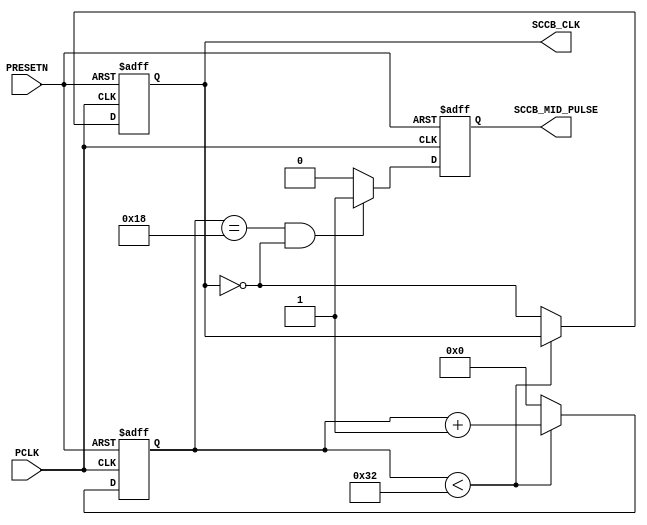
module clock_divider #(
    parameter XCLK_FREQ = 10_000_000,   // incoming clock = XCLK = 50MHz 
    parameter SCCB_CLK_FREQ = 100_000   // divide clock such that SIO_C = 100kHz
)(
    input PCLK,
    input PRESETN,
    output reg SCCB_CLK,
    output reg SCCB_MID_PULSE
);

// varaibles to calculate SCCB_CLK and SCCB_MID_PULSE
localparam SCCB_CLK_PERIOD = XCLK_FREQ/SCCB_CLK_FREQ/2;     // number of clocks to obtain 100kHz
localparam SCCB_MID_AMT = SCCB_CLK_PERIOD/2-1;              // amount of clk for mid of SCCB_clk
reg [$clog2(SCCB_CLK_PERIOD):0] SCCB_CLK_CNTR = 0;
reg SCCB_CLK;
reg SCCB_MID_PULSE;

// Generating clock for SCCB and mid pulse
// Depending on the device, the SIO_C can go up to 400KHz
always @(posedge PCLK or negedge PRESETN) begin
	if(!PRESETN) begin // RST is acitve-low
		SCCB_CLK_CNTR <= 0;
		SCCB_CLK <= 0;
		SCCB_MID_PULSE <= 0;
	end else begin
		if(SCCB_CLK_CNTR < SCCB_CLK_PERIOD) begin
			SCCB_CLK_CNTR <= SCCB_CLK_CNTR + 1;
		end else begin
			SCCB_CLK_CNTR <= 0;
			SCCB_CLK <= ~SCCB_CLK;
		end
		if(SCCB_CLK_CNTR == SCCB_MID_AMT && SCCB_CLK == 0) begin
			SCCB_MID_PULSE <= 1'b1;
		end else begin
			SCCB_MID_PULSE <= 1'b0;
		end
	end
end

endmodule